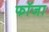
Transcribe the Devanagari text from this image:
फॉजा